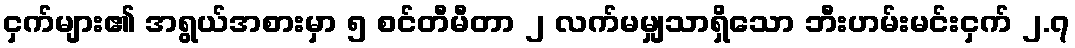
ငှက်များ၏ အရွယ်အစားမှာ ၅ စင်တီမီတာ ၂ လက်မမျှသာရှိသော ဘီးဟမ်းမင်းငှက် ၂.၇